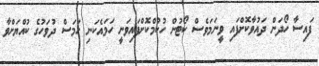
ފައިސާ ހޯދަން ދައުވާކޮށްފައި ވީނަމަވެސް ކޯޓުން ހުކުމްކޮށްފައިވަނީ ހަމައެކަނި ހަމަސް ދުވަހުގެ ކުއްޔަށްވާ